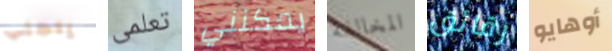
يتجنب تعلمى يمكنني المخالفة رقائق أوهايو